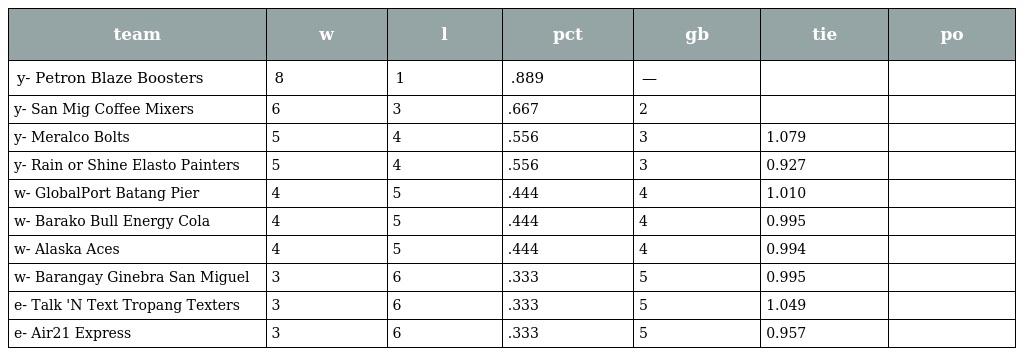
| team | w | l | pct | gb | tie | po |
 | --- | --- | --- | --- | --- | --- | --- |
 | y- Petron Blaze Boosters | 8 | 1 | .889 | — |  |  |
 | y- San Mig Coffee Mixers | 6 | 3 | .667 | 2 |  |  |
 | y- Meralco Bolts | 5 | 4 | .556 | 3 | 1.079 |  |
 | y- Rain or Shine Elasto Painters | 5 | 4 | .556 | 3 | 0.927 |  |
 | w- GlobalPort Batang Pier | 4 | 5 | .444 | 4 | 1.010 |  |
 | w- Barako Bull Energy Cola | 4 | 5 | .444 | 4 | 0.995 |  |
 | w- Alaska Aces | 4 | 5 | .444 | 4 | 0.994 |  |
 | w- Barangay Ginebra San Miguel | 3 | 6 | .333 | 5 | 0.995 |  |
 | e- Talk 'N Text Tropang Texters | 3 | 6 | .333 | 5 | 1.049 |  |
 | e- Air21 Express | 3 | 6 | .333 | 5 | 0.957 |  |